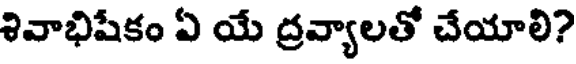
శివాభిషేకం ఏ యే ద్రవ్యాలతో చేయాలి?